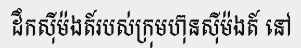
ដឹកស៊ីម៉ងត៍របស់ក្រុមហ៊ុនស៊ីម៉ងត៍ នៅ